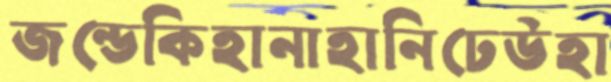
জন্ডেকিহানাহানিঢেউহা